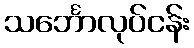
သင်္ဘောလုပ်ငန်း